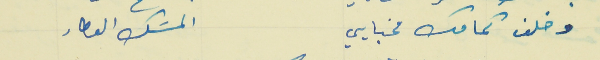
وخلف كمامك مخبايي                                   المسَك العطار